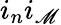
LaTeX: i_{n}i_{\mathscr{M}}